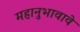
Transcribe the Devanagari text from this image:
महानुभावावे